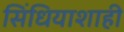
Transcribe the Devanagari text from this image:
सिंधियाशाही